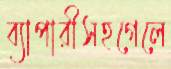
ব্যাপারীসহগেলে